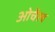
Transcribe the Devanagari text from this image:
ओर्चेस्त्र